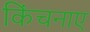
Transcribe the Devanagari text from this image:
किंचनाए